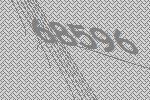
68596